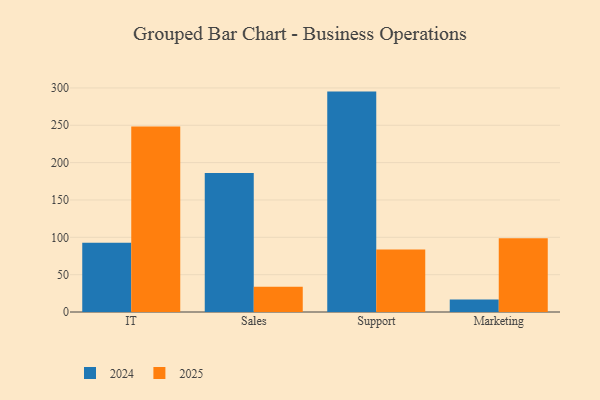
{"axis": {"x": "Department", "y": "Net Income (USD K)"}, "legend": ["2024", "2025"], "data": [{"x": "IT", "y": 92.6, "type": "2024"}, {"x": "IT", "y": 248.5, "type": "2025"}, {"x": "Sales", "y": 186.2, "type": "2024"}, {"x": "Sales", "y": 33.7, "type": "2025"}, {"x": "Support", "y": 295.1, "type": "2024"}, {"x": "Support", "y": 83.8, "type": "2025"}, {"x": "Marketing", "y": 16.6, "type": "2024"}, {"x": "Marketing", "y": 98.8, "type": "2025"}]}